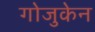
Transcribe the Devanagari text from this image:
गोजुकेन